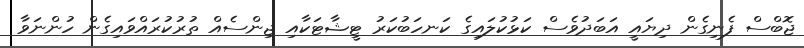
ޖޮބްސް ފެނިގެން ދިޔައީ އަބަދުވެސް ކަޅުކުލައިގެ ކަނހަބުކަރު ޓީޝާޓަކާއި ޖިންސެއް ތުރުކުރައްވައިގެން ހުންނަވާ